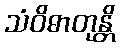
သံဝိဓာတုန္တိ